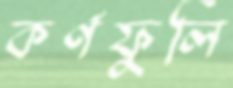
কর্ণফুলি